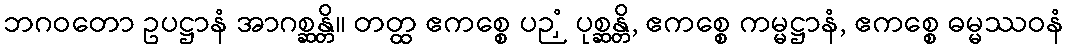
ဘဂဝတော ဥပဋ္ဌာနံ အာဂစ္ဆန္တိ။ တတ္ထ ဧကစ္စေ ပဉှံ ပုစ္ဆန္တိ, ဧကစ္စေ ကမ္မဋ္ဌာနံ, ဧကစ္စေ ဓမ္မဿဝနံ